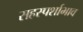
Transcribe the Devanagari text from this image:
सहस्पर्शाभाव